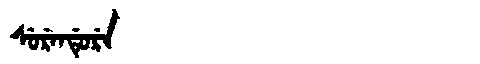
Manchu: ᠰᡠᡵᡝᠨᡩᡠᡵᡝ
Romanization: SURENDURE